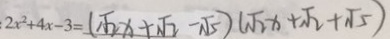
2 x ^ { 2 } + 4 x - 3 = ( \sqrt { 2 } x + \sqrt { 2 } - \sqrt { 5 } ) ( \sqrt { 2 } x + \sqrt { 2 } + \sqrt { 5 } )